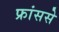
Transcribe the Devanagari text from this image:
फ्रांससे